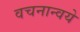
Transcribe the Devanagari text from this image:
वचनान्वये